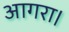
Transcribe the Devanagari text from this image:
आगरा।